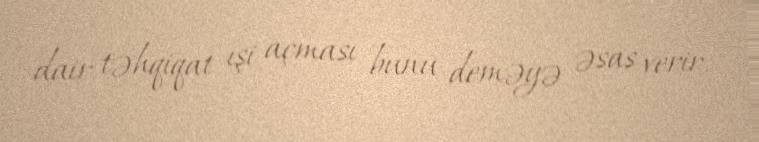
dair təhqiqat işi açması bunu deməyə əsas verir.